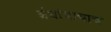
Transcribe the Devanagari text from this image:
अंधांत्राचाच